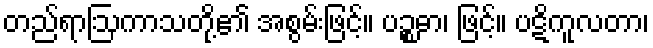
တည်ရာဩကာသတို့၏ အစွမ်းဖြင့်။ ပဉ္စဓာ၊ ဖြင့်။ ပဋိကူလတာ၊